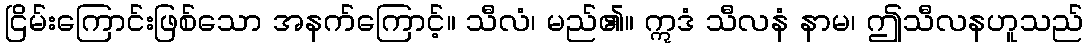
ငြိမ်းကြောင်းဖြစ်သော အနက်ကြောင့်။ သီလံ၊ မည်၏။ ဣဒံ သီလနံ နာမ၊ ဤသီလနဟူသည်